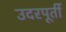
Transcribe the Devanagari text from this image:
उदरपूर्ती